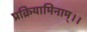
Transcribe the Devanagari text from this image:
प्रक्रियामिनाम्।।